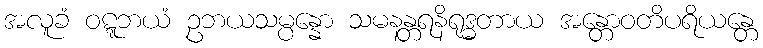
အလူခံ ဝဋ္ဋဘယံ ဥဘယသမ္ပန္နော သမနန္တရနိရုဒ္ဓတာယ အန္တောဝတိပရိယန္တေ